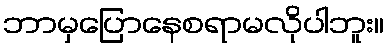
ဘာမှပြောနေစရာမလိုပါဘူး။